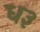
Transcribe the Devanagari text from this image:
ध३